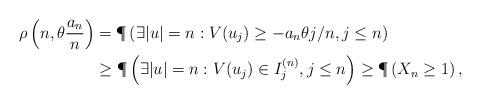
LaTeX: \begin{align*} \rho\left(n,\theta \frac{a_n}{n}\right) &= \P\left( \exists |u| = n : V(u_j) \geq -a_n \theta j/n, j \leq n \right)\\ &\geq \P\left( \exists |u| = n : V(u_j) \in I^{(n)}_j, j \leq n \right) \geq \P\left( X_n \geq 1\right),\end{align*}